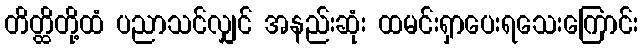
တိတ္ထိတို့ထံ ပညာသင်လျှင် အနည်းဆုံး ထမင်းရှာပေးရသေးကြောင်း